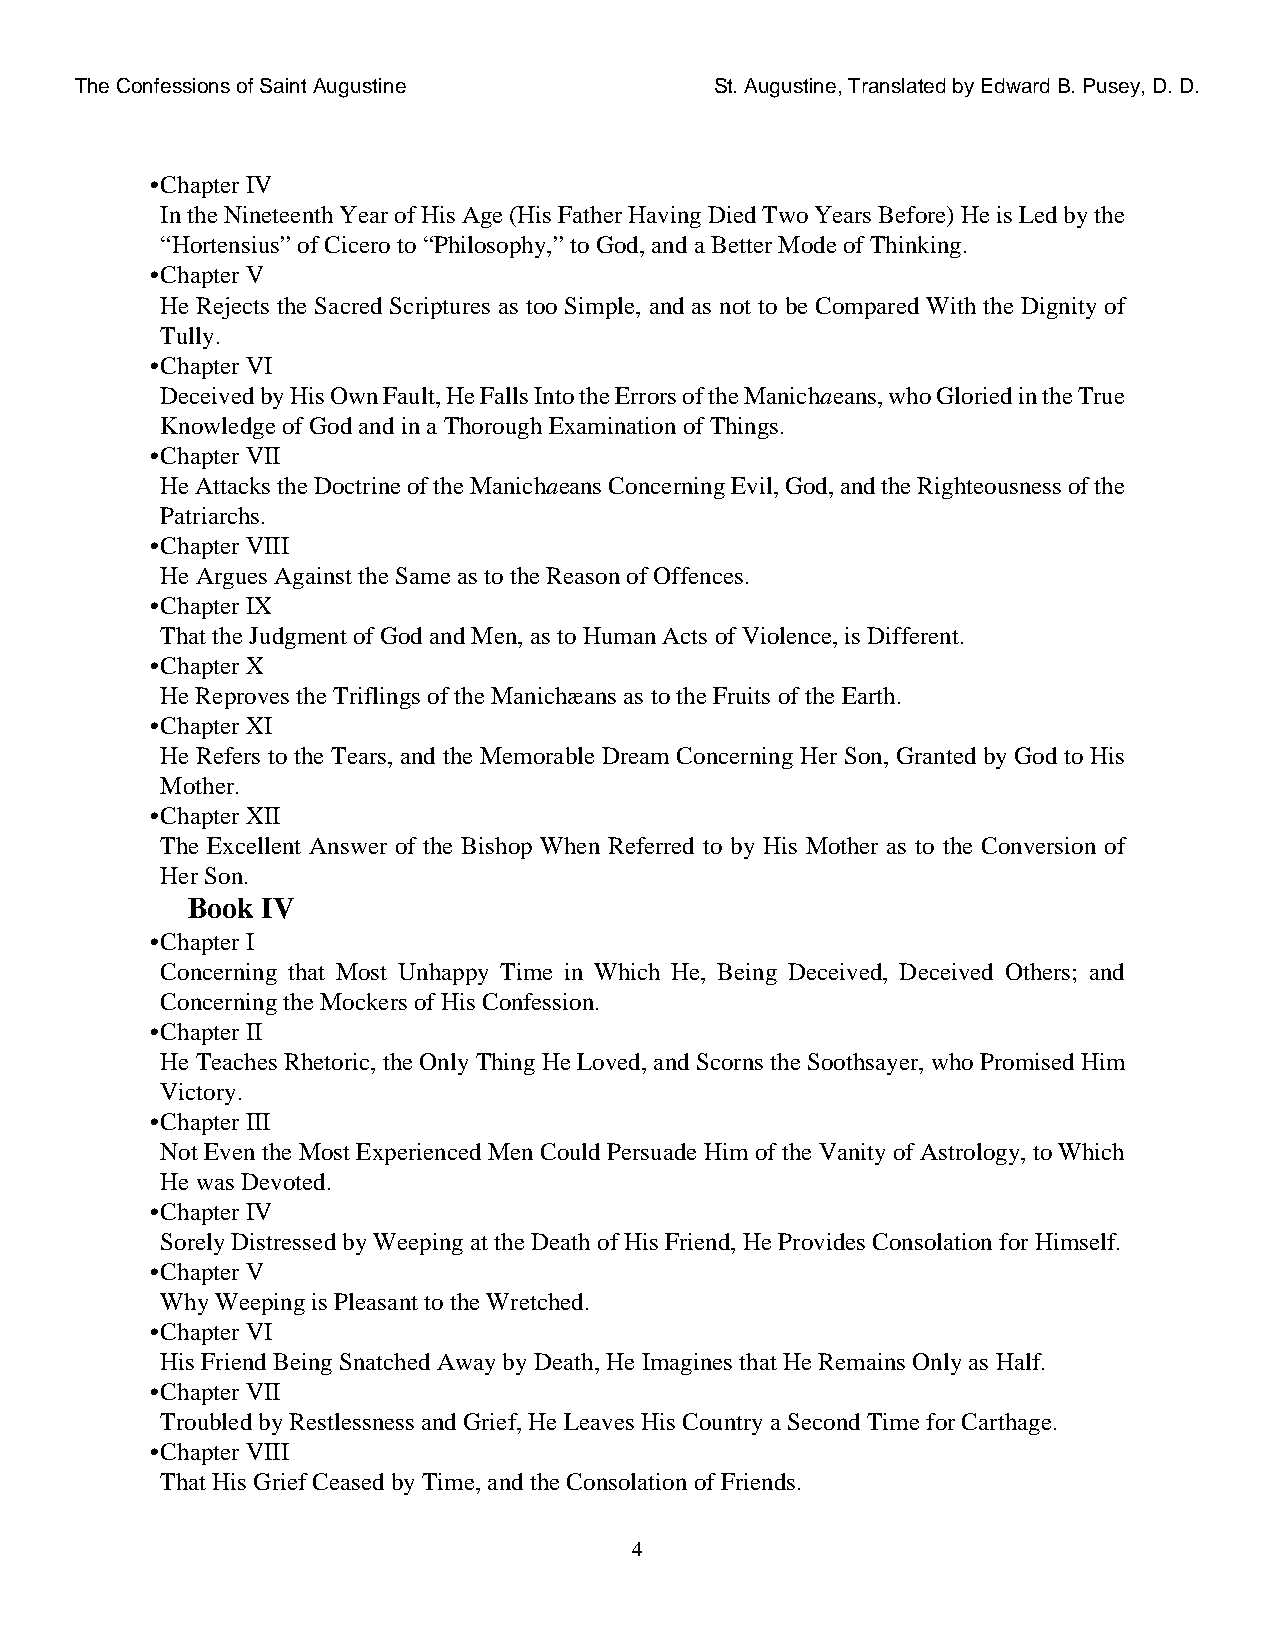
The Confessions of Saint Augustine        St. Augustine, Translated by Edward B. Pusey, D. D.
 •Chapter IV
 In the Nineteenth Year of His Age (His Father Having Died Two Years Before) He is Led by the
 “Hortensius” of Cicero to “Philosophy,” to God, and a Better Mode of Thinking.
 •Chapter V
 He Rejects the Sacred Scriptures as too Simple, and as not to be Compared With the Dignity of
 Tully.
 •Chapter VI
 Deceived by His Own Fault, He Falls Into the Errors of the Manichaeans, who Gloried in the True
 Knowledge of God and in a Thorough Examination of Things.
 •Chapter VII
 He Attacks the Doctrine of the Manichaeans Concerning Evil, God, and the Righteousness of the
 Patriarchs.
 •Chapter VIII
 He Argues Against the Same as to the Reason of Offences.
 •Chapter IX
 That the Judgment of God and Men, as to Human Acts of Violence, is Different.
 •Chapter X
 He Reproves the Triflings of the Manichæans as to the Fruits of the Earth.
 •Chapter XI
 He Refers to the Tears, and the Memorable Dream Concerning Her Son, Granted by God to His
 Mother.
 •Chapter XII
 The Excellent Answer of the Bishop When Referred to by His Mother as to the Conversion of
 Her Son.
 Book IV
 •Chapter I
 Concerning that Most Unhappy Time in Which He, Being Deceived, Deceived Others; and
 Concerning the Mockers of His Confession.
 •Chapter II
 He Teaches Rhetoric, the Only Thing He Loved, and Scorns the Soothsayer, who Promised Him
 Victory.
 •Chapter III
 Not Even the Most Experienced Men Could Persuade Him of the Vanity of Astrology, to Which
 He was Devoted.
 •Chapter IV
 Sorely Distressed by Weeping at the Death of His Friend, He Provides Consolation for Himself.
 •Chapter V
 Why Weeping is Pleasant to the Wretched.
 •Chapter VI
 His Friend Being Snatched Away by Death, He Imagines that He Remains Only as Half.
 •Chapter VII
 Troubled by Restlessness and Grief, He Leaves His Country a Second Time for Carthage.
 •Chapter VIII
 That His Grief Ceased by Time, and the Consolation of Friends.
 4